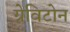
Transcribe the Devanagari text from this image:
ग्रेविटोन